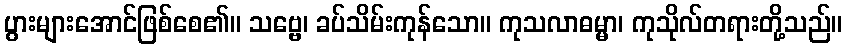
ပွားများအောင်ဖြစ်စေ၏။ သဗ္ဗေ၊ ခပ်သိမ်းကုန်သော။ ကုသလာဓမ္မာ၊ ကုသိုလ်တရားတို့သည်။